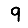
Digit: 9